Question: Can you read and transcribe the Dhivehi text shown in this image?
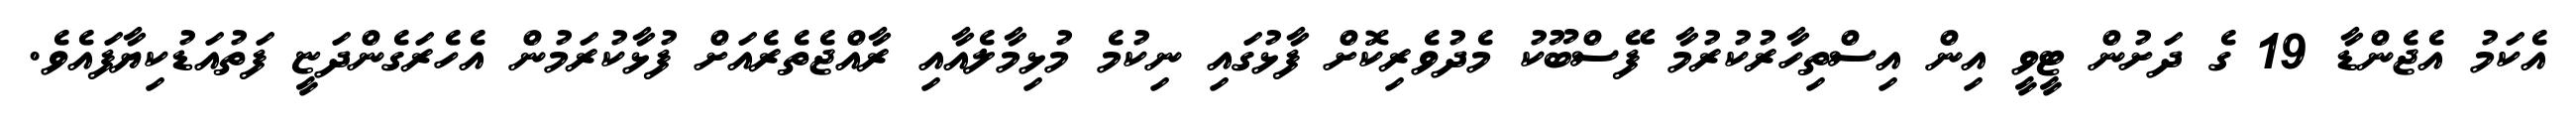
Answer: އެކަމު އެޖެންޑާ 19 ގެ ދަށުން ޓީވީ އިން އިސްތިހާރުކުރުމާ ފޭސްބޫކު މެދުވެރިކޮށް ފާޅުގައި ނިކުމެ މުޅިމާލެއާއި ރާއްޖެތެރެއަށް ފުޅާކުރަމުން އެހެރަގެންދަޏީ ފަތުއަޑުކިޔާފައެވެ.